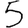
Digit: 5